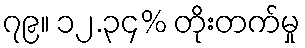
၇၉။ ၁၂.၃၄% တိုးတက်မှု